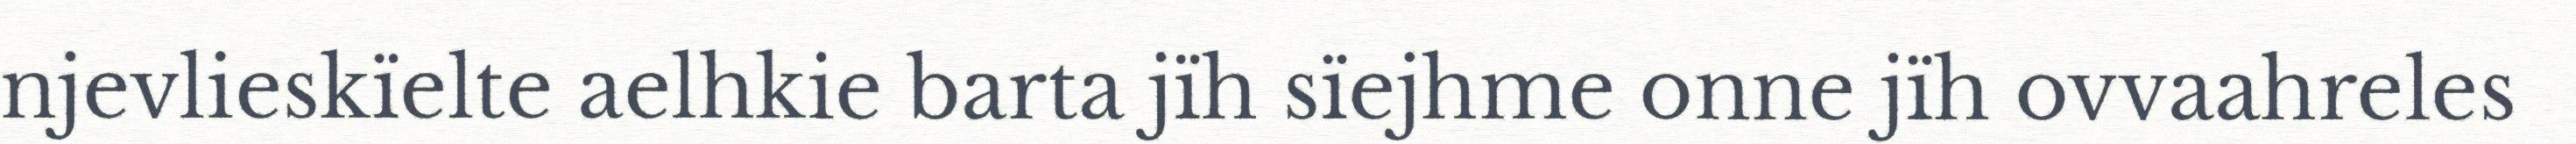
njevlieskïelte aelhkie barta jïh sïejhme onne jïh ovvaahreles